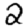
Digit: 2